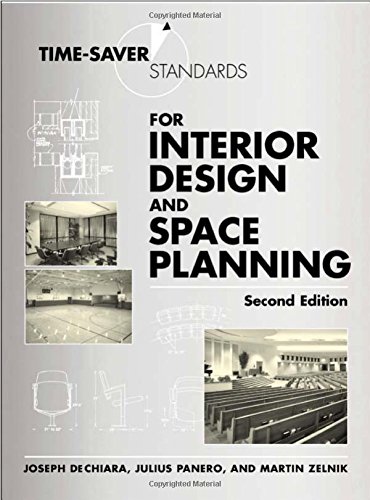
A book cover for Time-Saver Standards for Interior Design and Space Planning, 2nd Edition; Julius Panero; Arts & Photography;